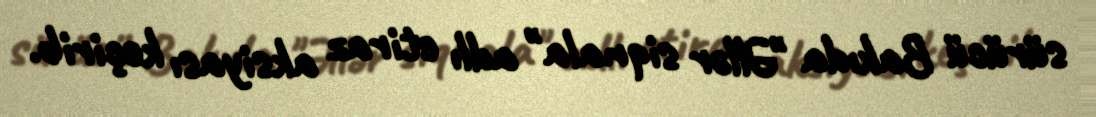
sürücü Bakıda "Əllər siqnala" adlı etiraz aksiyası keçirib.